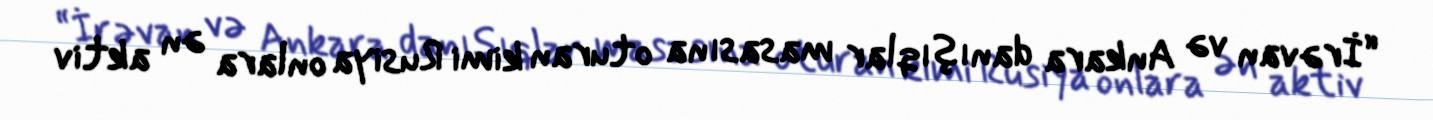
“İrəvan və Ankara danışıqlar masasına oturan kimi Rusiya onlara ən aktiv